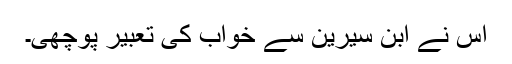
اس نے ابن سیرینؒ سے خواب کی تعبیر پوچھی۔